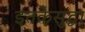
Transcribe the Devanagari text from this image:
इतकेसुद्धा